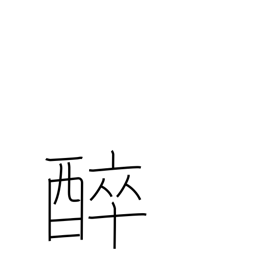
Meaning: get drunk